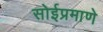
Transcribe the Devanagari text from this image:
सोईप्रमाणे